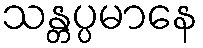
သန္တပ္ပမာနေ